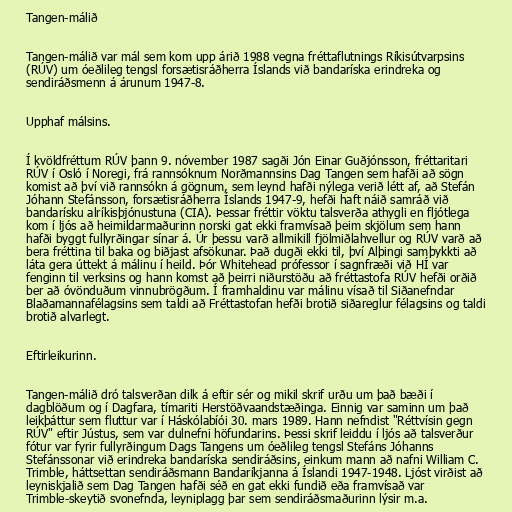
Tangen-málið

Tangen-málið var mál sem kom upp árið 1988 vegna fréttaflutnings Ríkisútvarpsins
(RÚV) um óeðlileg tengsl forsætisráðherra Íslands við bandaríska erindreka og
sendiráðsmenn á árunum 1947-8.

Upphaf málsins.

Í kvöldfréttum RÚV þann 9. nóvember 1987 sagði Jón Einar Guðjónsson, fréttaritari
RÚV í Osló í Noregi, frá rannsóknum Norðmannsins Dag Tangen sem hafði að sögn
komist að því við rannsókn á gögnum, sem leynd hafði nýlega verið létt af, að Stefán
Jóhann Stefánsson, forsætisráðherra Íslands 1947-9, hefði haft náið samráð við
bandarísku alríkisþjónustuna (CIA). Þessar fréttir vöktu talsverða athygli en fljótlega
kom í ljós að heimildarmaðurinn norski gat ekki framvísað þeim skjölum sem hann
hafði byggt fullyrðingar sínar á. Úr þessu varð allmikill fjölmiðlahvellur og RÚV varð að
bera fréttina til baka og biðjast afsökunar. Það dugði ekki til, því Alþingi samþykkti að
láta gera úttekt á málinu í heild. Þór Whitehead prófessor í sagnfræði við HÍ var
fenginn til verksins og hann komst að þeirri niðurstöðu að fréttastofa RÚV hefði orðið
ber að óvönduðum vinnubrögðum. Í framhaldinu var málinu vísað til Siðanefndar
Blaðamannafélagsins sem taldi að Fréttastofan hefði brotið siðareglur félagsins og taldi
brotið alvarlegt.

Eftirleikurinn.

Tangen-málið dró talsverðan dilk á eftir sér og mikil skrif urðu um það bæði í
dagblöðum og í Dagfara, tímariti Herstöðvaandstæðinga. Einnig var saminn um það
leikþáttur sem fluttur var í Háskólabíói 30. mars 1989. Hann nefndist "Réttvísin gegn
RÚV" eftir Jústus, sem var dulnefni höfundarins. Þessi skrif leiddu í ljós að talsverður
fótur var fyrir fullyrðingum Dags Tangens um óeðlileg tengsl Stefáns Jóhanns
Stefánssonar við erindreka bandaríska sendiráðsins, einkum mann að nafni William C.
Trimble, háttsettan sendiráðsmann Bandaríkjanna á Íslandi 1947-1948. Ljóst virðist að
leyniskjalið sem Dag Tangen hafði séð en gat ekki fundið eða framvísað var
Trimble-skeytið svonefnda, leyniplagg þar sem sendiráðsmaðurinn lýsir m.a.